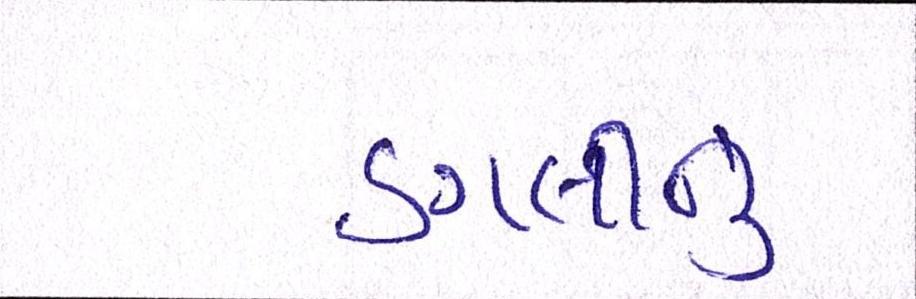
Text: ડગલીનું